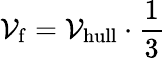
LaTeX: \mathcal{V}_{\mathrm{{f}}}=\mathcal{V}_{\mathrm{{hull}}}\cdot\frac{{1}}{{3}}